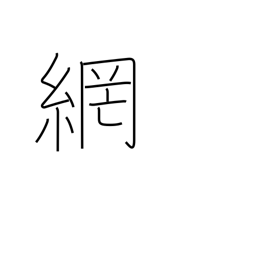
Meaning: network